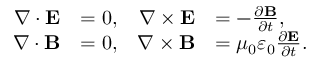
{ \begin{array} { r l r l } { \nabla \cdot \mathbf { E } } & { = 0 , } & { \nabla \times \mathbf { E } } & { = - { \frac { \partial \mathbf { B } } { \partial t } } , } \\ { \nabla \cdot \mathbf { B } } & { = 0 , } & { \nabla \times \mathbf { B } } & { = \mu _ { 0 } \varepsilon _ { 0 } { \frac { \partial \mathbf { E } } { \partial t } } . } \end{array} }